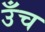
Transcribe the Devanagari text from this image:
उँच